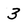
Character: 3